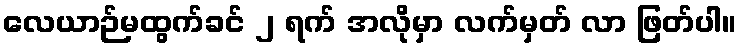
လေယာဉ်မထွက်ခင် ၂ ရက် အလိုမှာ လက်မှတ် လာ ဖြတ်ပါ။